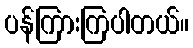
ပန်ကြားကြပါတယ်။